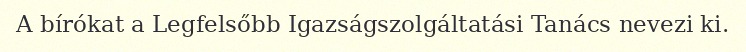
A bírókat a Legfelsőbb Igazságszolgáltatási Tanács nevezi ki.